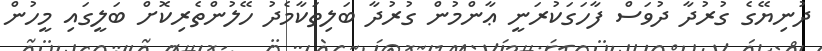
ދުނިޔޭގެ ގުރުދާ ދުވަސް ފާހަގަކުރަނީ ޢާންމުން ގުރުދާ ބަލިތަކާމެދު ހޭލުންތެރިކޮށް ބަލީގައި މީހުން